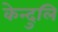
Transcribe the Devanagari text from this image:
केन्दुलि